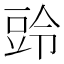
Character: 𮙒